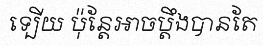
ទ្បើយ ប៉ុន្តែអាចប្តឹងបានតែ